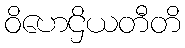
ဝိဟေဌိယတီတိ